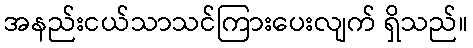
အနည်းငယ်သာသင်ကြားပေးလျက် ရှိသည်။